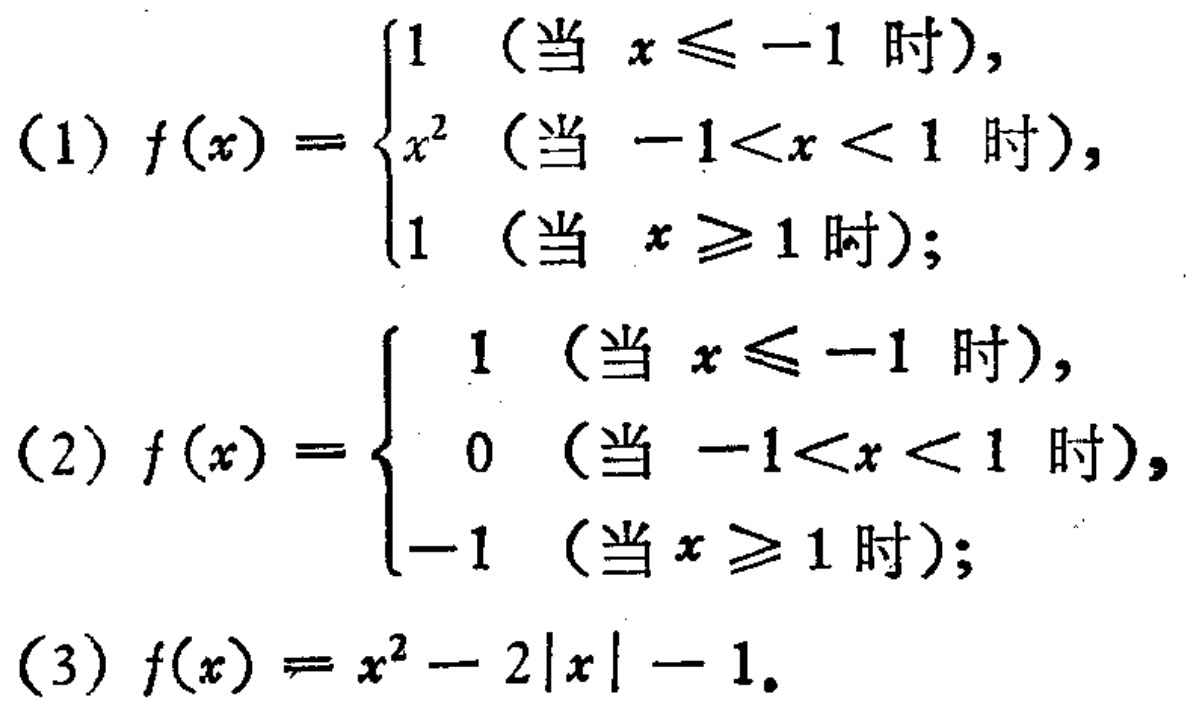
\[

(1) f(x)=\begin{cases}

1 & (\text{当 }x\leq -1\text{ 时}),\\

x^{2} & (\text{当 } -1<x<1\text{ 时}),\\

1 & (\text{当 }x\geq 1\text{ 时})

\end{cases}

\]

\[

(2) f(x)=\begin{cases}

1 & (\text{当 }x\leq -1\text{ 时}),\\

0 & (\text{当 } -1<x<1\text{ 时}),\\

-1 & (\text{当 }x\geq 1\text{ 时})

\end{cases}

\]

\[

(3) f(x)=x^{2}-2|x|-1

\]